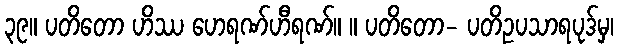
၃၉။ ပတိတော ဟိဿ ဟေရဏ်ဟီရဏ်။ ။ ပတိတော- ပတိဥပသာရပုဒ်မှ၊